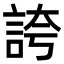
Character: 誇